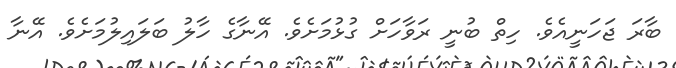
ބާރަ ޖަހަނީއެވެ. ހިތް ބުނީ ރަވާހަށް ގުޅުމަށެވެ. އޭނާގެ ހާލު ބަލައިލުމަށެވެ. އޭނާ